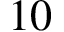
1 0